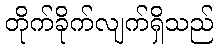
တိုက်ခိုက်လျက်ရှိသည်